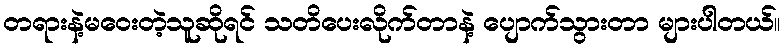
တရားနဲ့မဝေးတဲ့သူဆိုရင် သတိပေးလိုက်တာနဲ့ ပျောက်သွားတာ များပါတယ်။